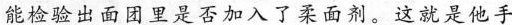
能检验出面团里是否加入了柔面剂。这就是它手